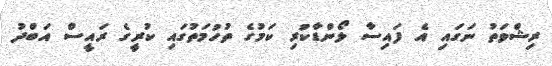
ރިޝްވަތު ނަގައި އެ ފައިސާ ލޯންޑާކުރި ކަމުގެ ތުހުމަތުގައި ކުރީގެ ރައީސް އަބްދު